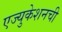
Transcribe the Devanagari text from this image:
एज्युकेशनची